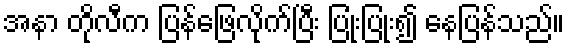
အနာ တိုလီက ပြန်ဖြေလိုက်ပြီး ပြုံးပြုံး၍ နေပြန်သည်။